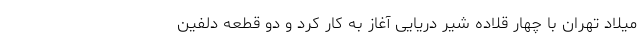
میلاد تهران با چهار قلاده شیر دریایی آغاز به کار کرد و دو قطعه دلفین